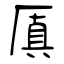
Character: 厧